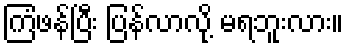
ကြံဖန်ပြီး ပြန်လာလို့ မရဘူးလား။